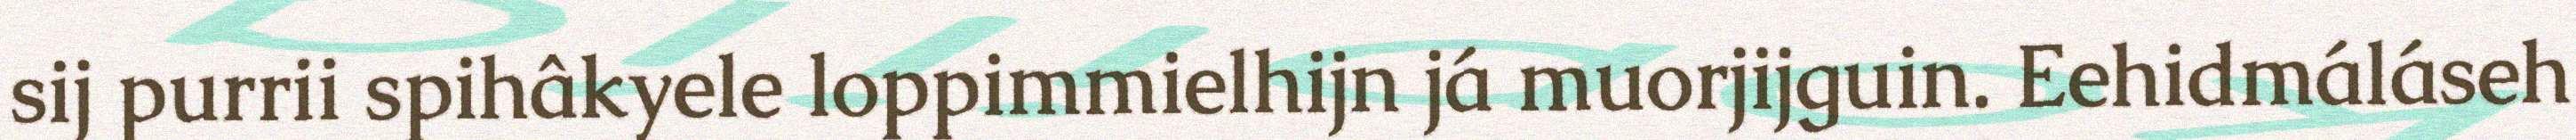
sij purrii spihâkyele loppimmielhijn já muorjijguin. Eehidmáláseh